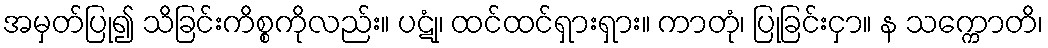
အမှတ်ပြု၍ သိခြင်းကိစ္စကိုလည်း။ ပဋုံ၊ ထင်ထင်ရှားရှား။ ကာတုံ၊ ပြုခြင်းငှာ။ န သက္ကောတိ၊